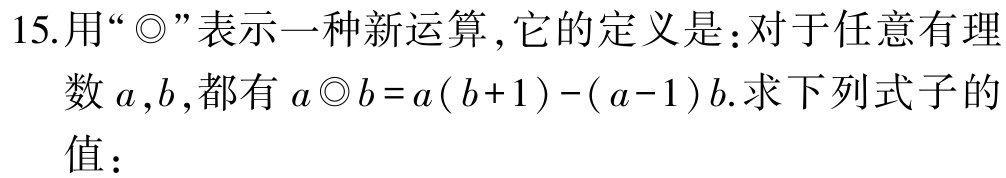
15.用“$\odot$”表示一种新运算，它的定义是：对于任意有理数$a,b$,都有$a\odot b = a(b + 1)-(a - 1)b$.求下列式子的值：